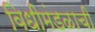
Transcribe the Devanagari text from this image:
विधीमंडळाची